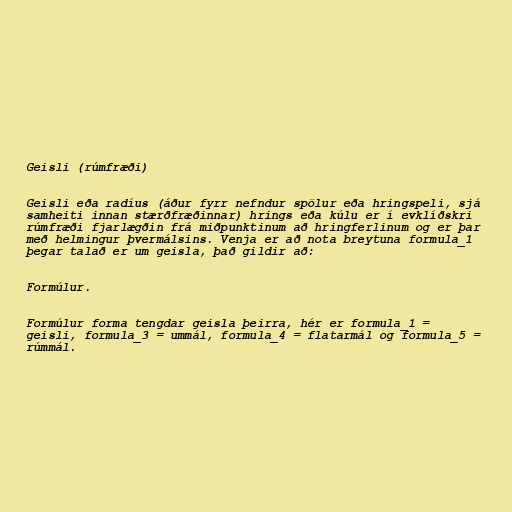
Geisli (rúmfræði)

Geisli eða radíus (áður fyrr nefndur spölur eða hringspeli, sjá
samheiti innan stærðfræðinnar) hrings eða kúlu er í evklíðskri
rúmfræði fjarlægðin frá miðpunktinum að hringferlinum og er þar
með helmingur þvermálsins. Venja er að nota breytuna formula_1
þegar talað er um geisla, það gildir að:

Formúlur.

Formúlur forma tengdar geisla þeirra, hér er formula_1 =
geisli, formula_3 = ummál, formula_4 = flatarmál og formula_5 =
rúmmál.